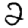
Digit: 2